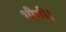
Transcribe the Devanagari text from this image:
भीगी।